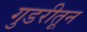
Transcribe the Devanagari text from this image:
गुडरीतून